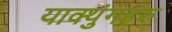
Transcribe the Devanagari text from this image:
याक्थुंगहरु